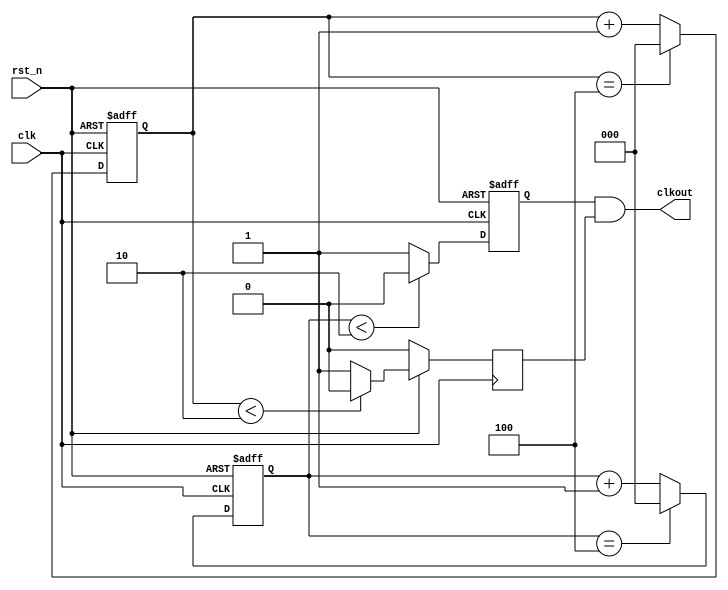
module divide (	clk,rst_n,clkout);
 
    input 	clk,rst_n;                //Pin clk to footprint C1freq:12MHz
    output	clkout;                          
 
    //parameter is a constant in verilog
	parameter	WIDTH	= 3;         //Bit width of countersthe maximun value is 2**WIDTH-1
	parameter	N	= 5;             //Frequency division coefficient ( N < 2**WIDTH-1 )
 
	reg 	[WIDTH-1:0]	cnt_p,cnt_n;     //cnt_p: positive counterscnt_n: negative counters
	reg			clk_p,clk_n;     
 
	//
	always @ (posedge clk or negedge rst_n )         //posedgenegedgeverilog
                                                     //clkrst_nalways
		begin
			if(!rst_n)
				cnt_p<=0;
			else if (cnt_p==(N-1))
				cnt_p<=0;
			else cnt_p<=cnt_p+1;             //N-1N
		end
 
    //,N50%N50%
    always @ (posedge clk or negedge rst_n)
		begin
			if(!rst_n)
				clk_p<=0;
			else if (cnt_p<(N>>1))          //N>>12
				clk_p<=0;
			else 
				clk_p<=1;               //clk
		end
 
        //        	
	always @ (negedge clk or negedge rst_n)
		begin
			if(!rst_n)
				cnt_n<=0;
			else if (cnt_n==(N-1))
				cnt_n<=0;
			else cnt_n<=cnt_n+1;
		end
 
        //clk_p
	always @ (negedge clk)
		begin
			if(!rst_n)
				clk_n<=0;
			else if (cnt_n<(N>>1))  
				clk_n<=0;
			else 
				clk_n<=1;                //clk
		end
 
    assign clkout = (N==1)?clk:(N[0])?(clk_p&clk_n):clk_p;      //
                                                                    //N=1clk
                                                                    //NN0N0=0clk_p
                                                                    //NN1N0=1clk_p&clk_n
endmodule